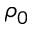
\rho _ { 0 }